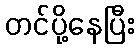
တင်ပို့နေပြီး